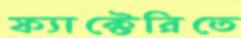
ফ্যাক্টেরিতে